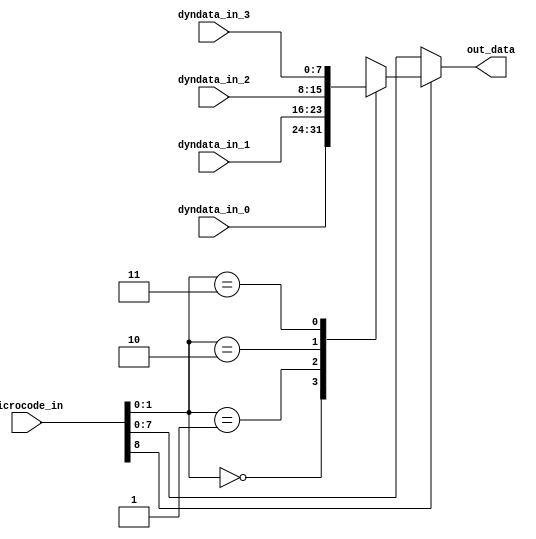
`timescale 1ns / 1ps
//////////////////////////////////////////////////////////////////////////////////
// Company:
// 
// Create Date:
// Design Name: 
// Module Name: headgen_out_mux_core
// Project Name: EtherBlade.net_v1 
// Target Devices: 
// Tool Versions: 
// Description: 
// 
// Dependencies: 
// 
// Version: 0.01
// Additional Comments:
//
//////////////////////////////////////////////////////////////////////////////////
module headgen_out_mux_core (
input [8:0] microcode_in,
input [7:0] dyndata_in_0,
input [7:0] dyndata_in_1,
input [7:0] dyndata_in_2,
input [7:0] dyndata_in_3,
output [7:0] out_data
);

wire [7:0] microcodestaticdata;
wire [1:0] dyndata_sel;
wire final_sel;
reg [7:0] dyndata_out;

//Isolating final selector bit from input microcode
assign {final_sel, microcodestaticdata} = microcode_in;


//Isolating bits necessary for selection of relevant dynamic source
assign dyndata_sel = microcodestaticdata[1:0];

//MUX for selecting relevant dynamic data input
    always @(dyndata_sel, dyndata_in_0, dyndata_in_1, dyndata_in_2, dyndata_in_3) 
    begin 
        case (dyndata_sel)
            2'b00: dyndata_out = dyndata_in_0;   
            2'b01: dyndata_out = dyndata_in_1;
            2'b10: dyndata_out = dyndata_in_2;    
            2'b11: dyndata_out = dyndata_in_3;     
        endcase
    end


//Final MUX for selecting final output data choosing between static data embedded in input microcode or dynamic data sources "dyndata_out"
assign out_data = (final_sel) ? dyndata_out : microcodestaticdata;

endmodule